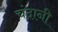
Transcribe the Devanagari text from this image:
चंदानी